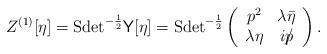
LaTeX: \begin{align*}Z^{(1)}[\eta]={\rm Sdet}^{-\frac12}{\sf Y}[\eta]={\rm Sdet}^{-\frac12}\left(\begin{array}{cc}p^2 & \lambda\bar\eta \\\lambda\eta & ip\llap/ \end{array}\right).\end{align*}